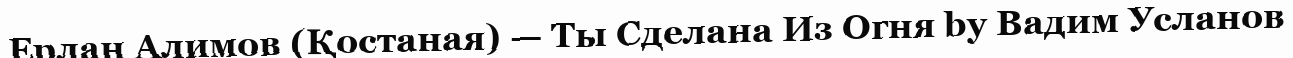
Ерлан Алимов (Қостаная) — Ты Сделана Из Огня by Вадим Усланов